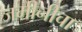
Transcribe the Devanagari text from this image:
जमीनींचा